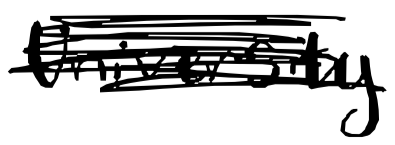
Text: University
Cross-out: scratch
Writing tool: digital_black